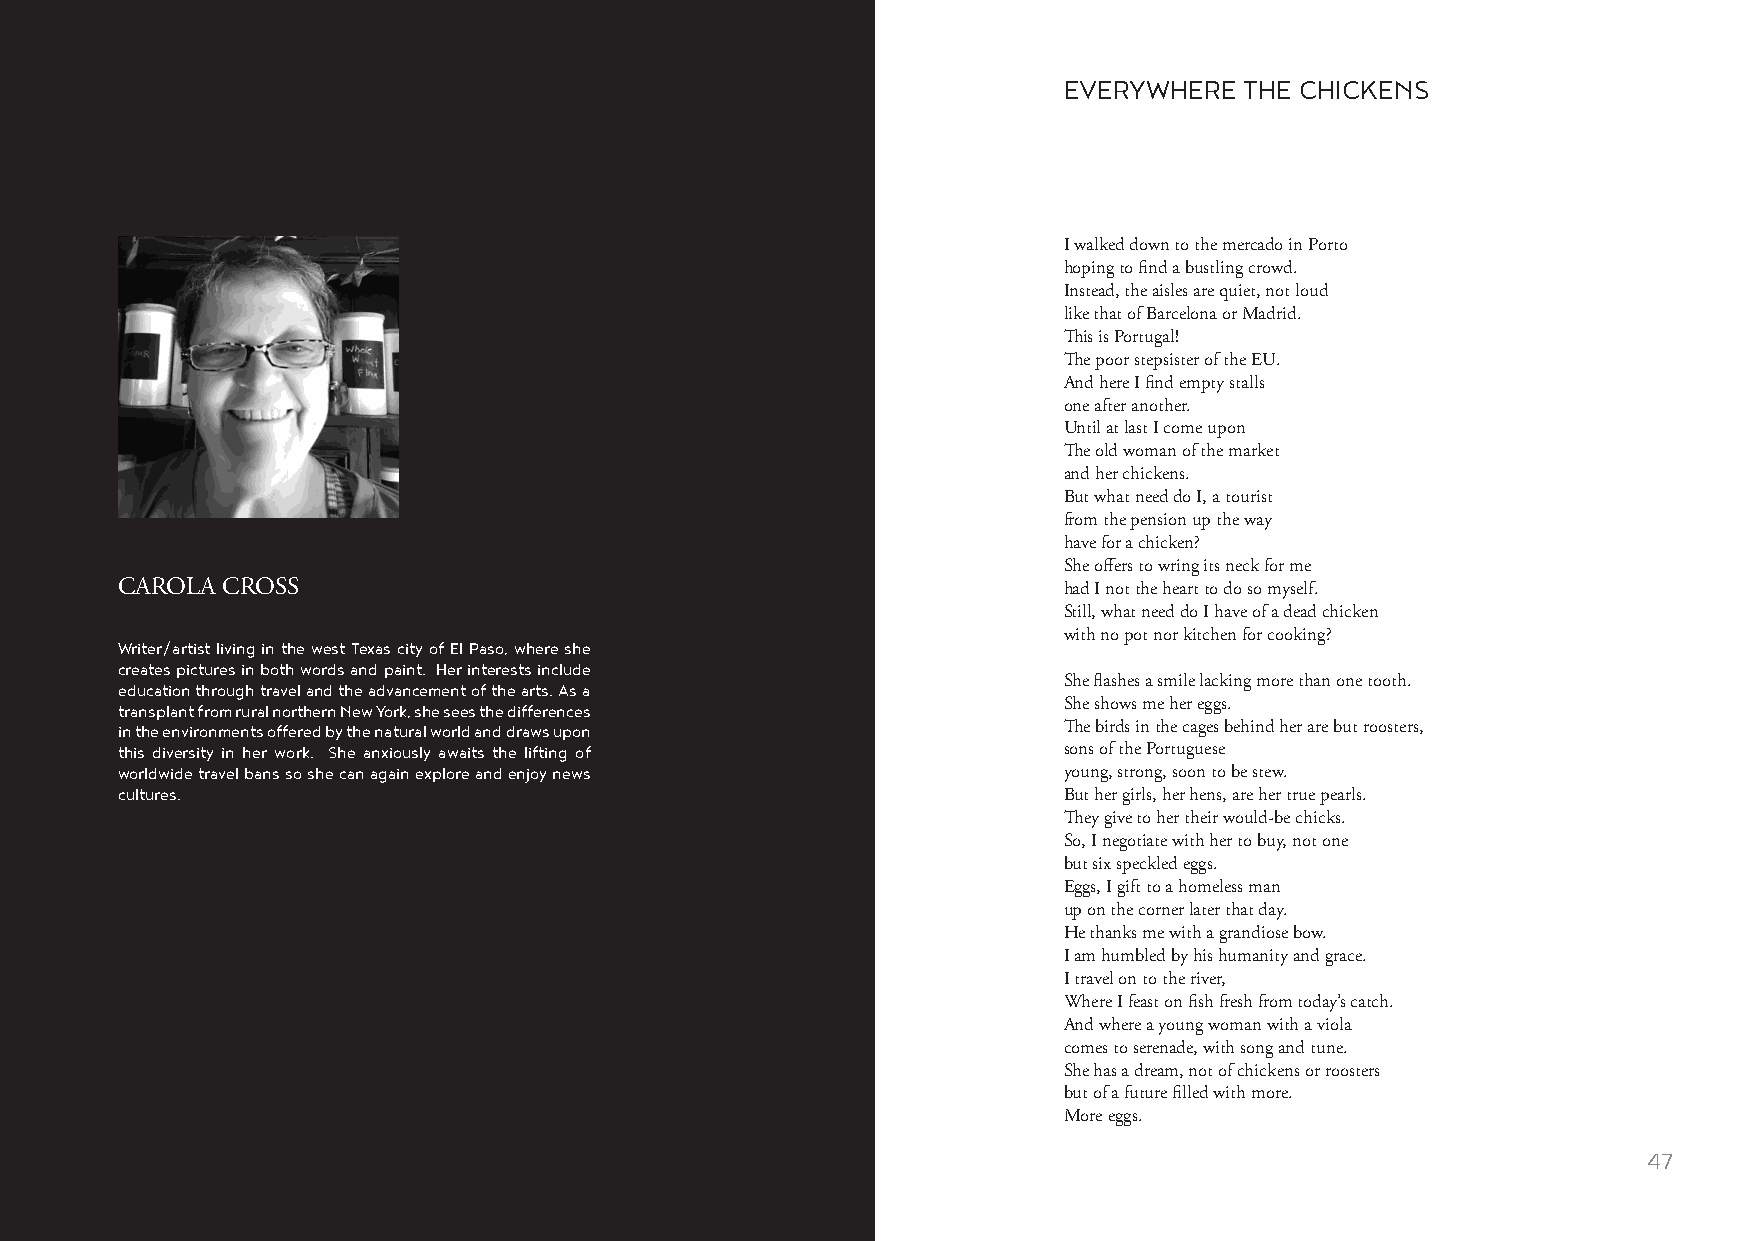
EVERYWHERE  THE CHICKENS
 I walked down to the mercado in Porto
 hoping to find a bustling crowd.
 Instead, the aisles are quiet, not loud
 like that of Barcelona or Madrid.
 This is Portugal!
 The poor stepsister of the EU.
 And here I find empty stalls
 one after another.
 Until at last I come upon
 The old woman of the market
 and her chickens.
 But what need do I, a tourist
 from the pension up the way
 have for a chicken?
 She offers to wring its neck for me
 CAROLA CROSS                                                  had I not the heart to do so myself.
 Still, what need do I have of a dead chicken
 with no pot nor kitchen for cooking?
 Writer/artist living in the west Texas city of El Paso, where she
 creates pictures in both words and paint. Her interests include
 She flashes a smile lacking more than one tooth.
 education through travel and the advancement of the arts. As a
 transplant from rural northern New York, she sees the differences She shows me her eggs.
 in the environments offered by the natural world and draws upon The birds in the cages behind her are but roosters,
 this diversity in her work. She anxiously awaits the lifting of sons of the Portuguese
 worldwide travel bans so she can again explore and enjoy news young, strong, soon to be stew.
 cultures.                                                     But her girls, her hens, are her true pearls.
 They give to her their would-be chicks.
 So, I negotiate with her to buy, not one
 but six speckled eggs.
 Eggs, I gift to a homeless man
 up on the corner later that day.
 He thanks me with a grandiose bow.
 I am humbled by his humanity and grace.
 I travel on to the river,
 Where I feast on fish fresh from today’s catch.
 And where a young woman with a viola
 comes to serenade, with song and tune.
 She has a dream, not of chickens or roosters
 but of a future filled with more.
 More eggs.
 46                                                                                                      47